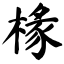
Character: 椽